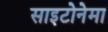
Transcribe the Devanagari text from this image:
साइटोनेमा